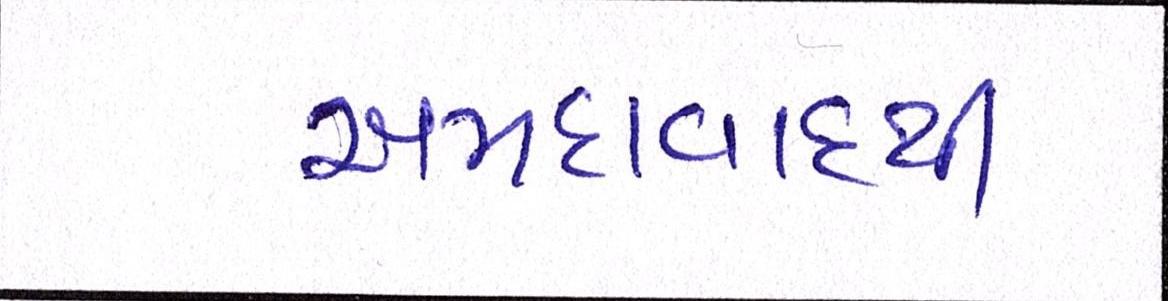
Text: અમદાવાદથી